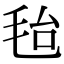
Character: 𣭆